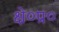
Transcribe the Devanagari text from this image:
क्षे०प्र०